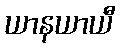
ယာနယာယီ